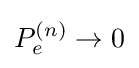
P_{e}^{(n)}\rightarrow 0